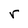
Character: r